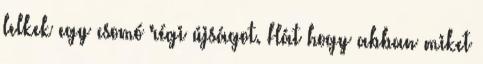
lelkek egy csomó régi újságot. Hát hogy abban miket